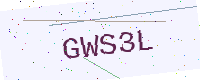
Text: GWS3L